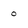
Character: 0